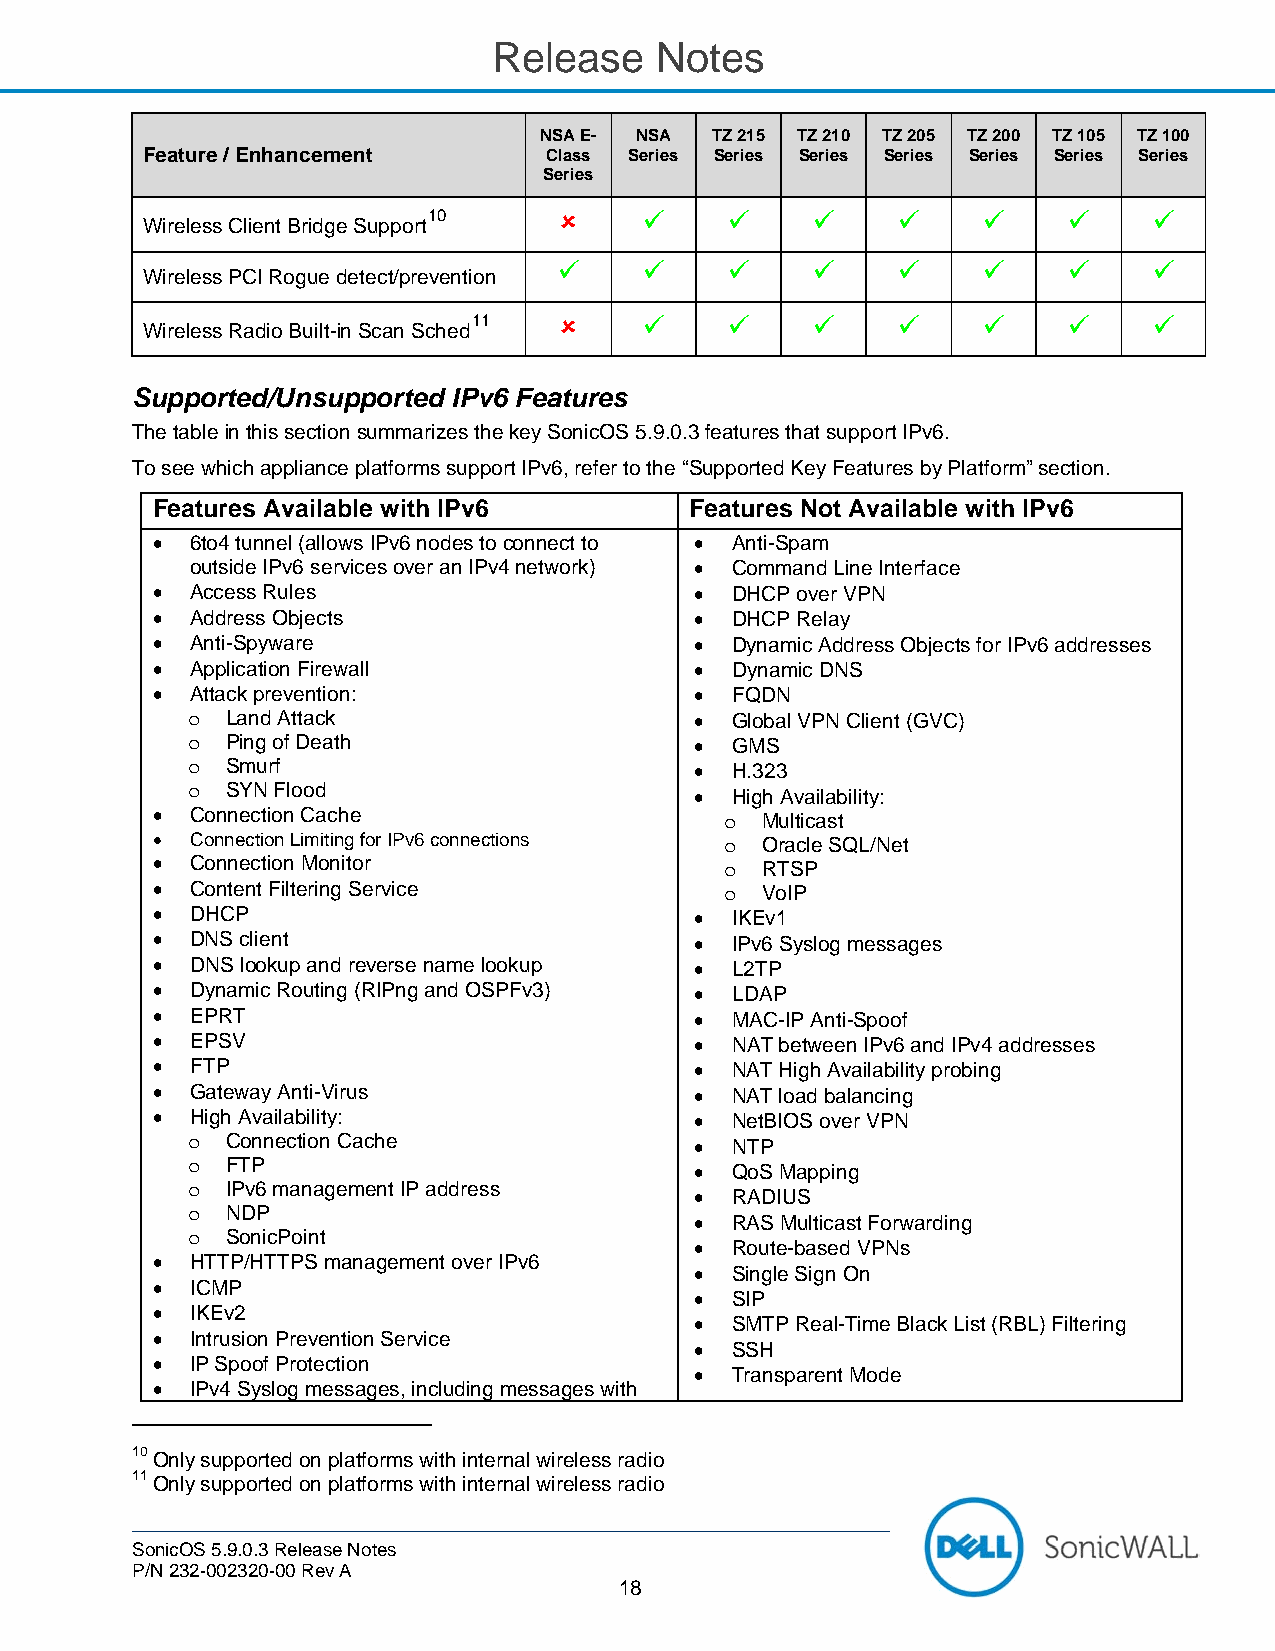
Release   Notes
 NSA E- NSA TZ 215 TZ 210 TZ 205 TZ 200 TZ 105 TZ 100
 Feature / Enhancement      Class Series Series Series Series Series Series Series
 Series
 10                                       
 Wireless Client Bridge Support
                                 
 Wireless PCI Rogue detect/prevention
 11                                    
 Wireless Radio Built-in Scan Sched
 Supported/Unsupported IPv6 Features
 The table in this section summarizes the key SonicOS 5.9.0.3 features that support IPv6.
 To see which appliance platforms support IPv6, refer to the “Supported Key Features by Platform” section.
 Features Available with IPv6        Features Not Available with IPv6
 •  6to4 tunnel (allows IPv6 nodes to connect to • Anti-Spam
 outside IPv6 services over an IPv4 network) • Command Line Interface
 •  Access Rules                     • DHCP over VPN
 •  Address Objects                  • DHCP Relay
 •  Anti-Spyware                     • Dynamic Address Objects for IPv6 addresses
 •  Application Firewall             • Dynamic DNS
 •  Attack prevention:               • FQDN
 o  Land Attack                    • Global VPN Client (GVC)
 o  Ping of Death                  • GMS
 o  Smurf                          • H.323
 o  SYN Flood                      • High Availability:
 •  Connection Cache                     Multicast
 o
 •  Connection Limiting for IPv6 connections Oracle SQL/Net
 o
 •  Connection Monitor                   RTSP
 o
 •  Content Filtering Service            VoIP
 o
 •  DHCP                             • IKEv1
 •  DNS client                       • IPv6 Syslog messages
 •  DNS lookup and reverse name lookup • L2TP
 •  Dynamic Routing (RIPng and OSPFv3) • LDAP
 •  EPRT                             • MAC-IP Anti-Spoof
 •  EPSV                             • NAT between IPv6 and IPv4 addresses
 •  FTP                              • NAT High Availability probing
 •  Gateway Anti-Virus               • NAT load balancing
 •  High Availability:               • NetBIOS over VPN
 o  Connection Cache               • NTP
 o  FTP                            • QoS Mapping
 o  IPv6 management IP address     • RADIUS
 NDP
 o                                 • RAS Multicast Forwarding
 SonicPoint
 o                                 • Route-based VPNs
 •  HTTP/HTTPS management over IPv6
 • Single Sign On
 •  ICMP
 • SIP
 •  IKEv2
 • SMTP Real-Time Black List (RBL) Filtering
 •  Intrusion Prevention Service
 • SSH
 •  IP Spoof Protection
 • Transparent Mode
 •  IPv4 Syslog messages, including messages with
 10 Only supported on platforms with internal wireless radio
 11 Only supported on platforms with internal wireless radio
 SonicOS 5.9.0.3 Release Notes
 P/N 232-002320-00 Rev A
 18